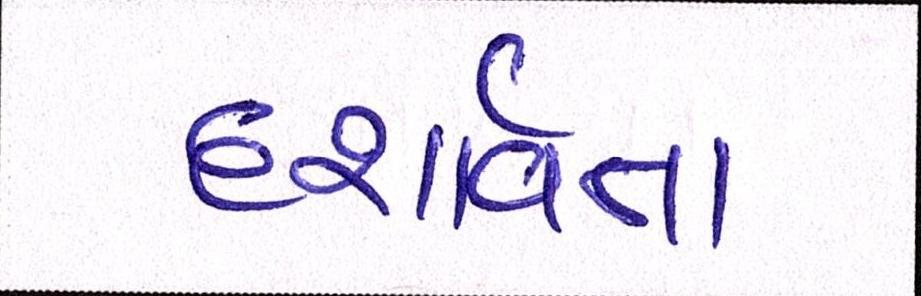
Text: દશાર્વતા